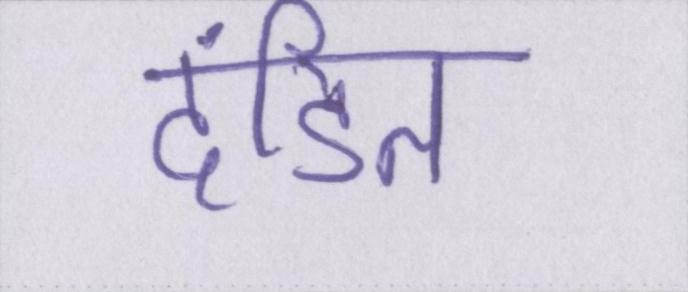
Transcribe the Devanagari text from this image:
दंडित